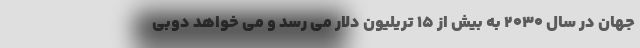
جهان در سال ۲۰۳۰ به بیش از ۱۵ تریلیون دلار می رسد و می خواهد دوبی